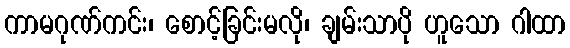
ကာမဂုဏ်ကင်း၊ စောင့်ခြင်းမလို၊ ချမ်းသာပို ဟူသော ဂါထာ